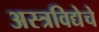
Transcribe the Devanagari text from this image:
अस्त्रविद्येचे